Report on vaccination North-West Frontier Province 1904-1922 - 1904-1922
Year: 1904
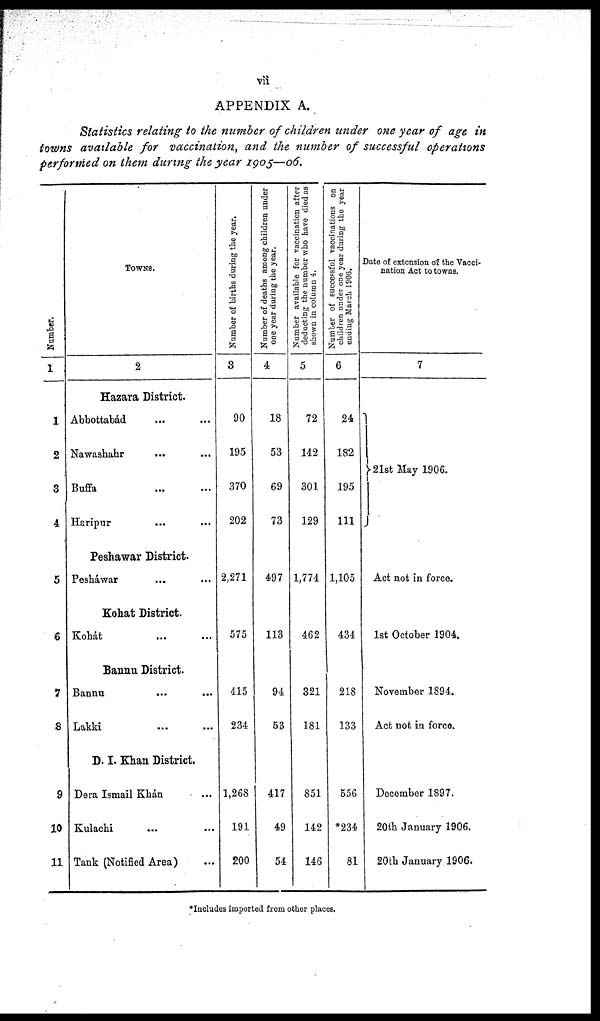
vii
APPENDIX A.
Statistics relating to the number of children under one year of age in
towns available for vaccination, and the number of successful operations
performed on them during the year 1905—06.
Number.
1
1
2
3
4
5
6
7
8
9
10
11
TOWNS.
2
Hazara District.
Abbottabád ... ...
Nawashahr ... ...
Buffa
...
...
Haripur ... ...
Peshawar District.
Pesháwar ... ...
Kohat District.
Kohát ... ...
Bannu District.
Bannu
...
...
Lakki ... ...
D. I. Khan District.
Dera Ismail Khán ...
Kulachi ... ...
Tank (Notified Area) ...
Number of births during the year.
3
90
195
370
202
2,271
575
415
234
1,268
191
200
Number of deaths among children under
one year during the year.
4
18
53
69
73
497
113
94
53
417
49
54
Number available for vaccination after
deducting the number who have died as
shown in column 4.
5
72
142
301
129
1,774
462
321
181
851
142
146
Number of successful vaccinations on
children under one year during the year
ending March 1906.
6
24
182
195
111
1,105
434
218
133
556
*234
81
Date of extension of the Vacci-
nation Act to towns.
7
21st May 1906.
Act not in force.
1st October 1904.
November 1894.
Act not in force.
December 1897.
20th January 1906.
20th January 1906.
*Includes imported from other places.